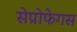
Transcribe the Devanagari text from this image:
सेप्रोफेगस